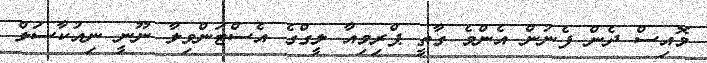
މޮއިސް ދެން ފެނުން އެންމެ ގާތީ ޕްރިމިއާ ލީގްގެ އެސްޓަންވިލާ ނޫނީ ނިއުކާސަލް